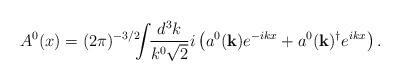
LaTeX: \begin{align*}A^0(x) = (2\pi)^{-3/2} \!\!\!\int\!\! \frac{d^3k}{k^0 \sqrt{2}} i \left( a^0({\mathbf{k}}) e^{-ikx} + a^0({\mathbf{k}})^\dagger e^{ikx} \right). \\\end{align*}